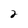
Character: 2